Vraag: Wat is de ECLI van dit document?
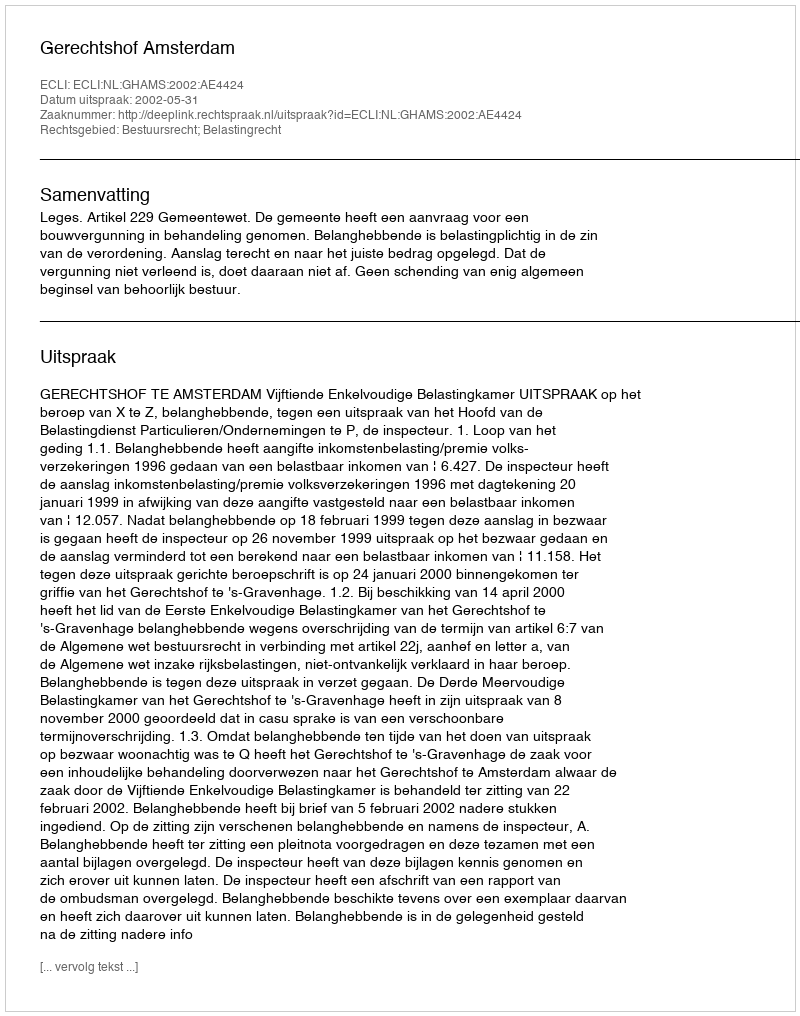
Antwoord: ECLI:NL:GHAMS:2002:AE4424